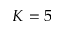
K = 5